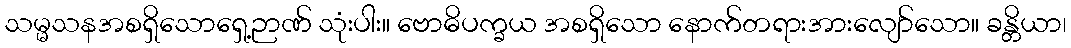
သမ္မသနအစရှိသောရှေ့ဉာဏ် သုံးပါး။ ဗောဓိပက္ခယ အစရှိသော နောက်တရားအားလျော်သော။ ခန္တိယာ၊